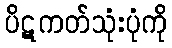
ပိဋကတ်သုံးပုံကို